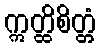
ဣတ္ထိစိတ္တံ